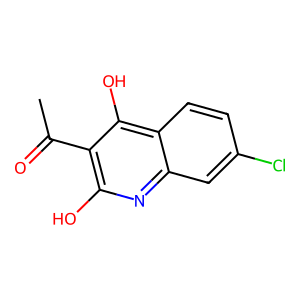
SMILES: CC(=O)c1c(O)nc2cc(Cl)ccc2c1O
Inhibits HIV replication: No